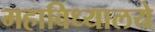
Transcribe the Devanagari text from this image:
महाविध्यालये